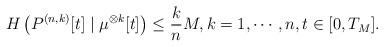
LaTeX: \begin{align*} H\left(P^{(n,k)}[t]\mid\mu^{\otimes k}[t]\right)\leq \frac{k}{n}M, k=1,\cdots,n,t\in[0,T_M].\end{align*}